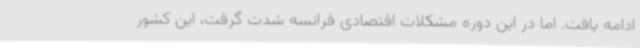
ادامه یافت. اما در این دوره مشکلات اقتصادی فرانسه شدت گرفت، این کشور